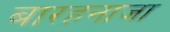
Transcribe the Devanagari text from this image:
बारहनाजा